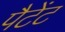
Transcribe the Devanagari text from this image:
पैटेंट